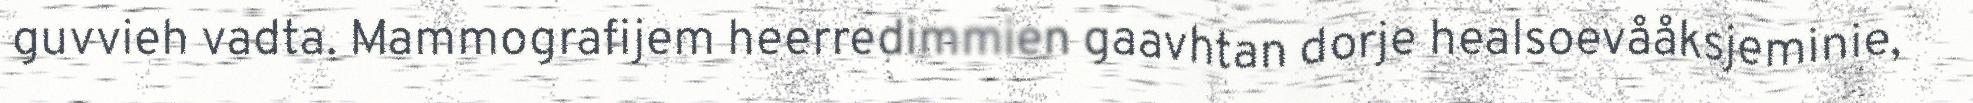
guvvieh vadta. Mammografijem heerredimmien gaavhtan dorje healsoevååksjeminie,